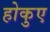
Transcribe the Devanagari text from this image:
होकुए